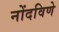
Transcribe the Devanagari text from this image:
नोंदविणे